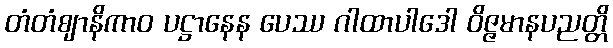
တံတံဈာနိကာဝ ပဋ္ဌာနေန ပေဿ ဂါထာပါဒေါ ဝိဇ္ဇမာနပညတ္တိ